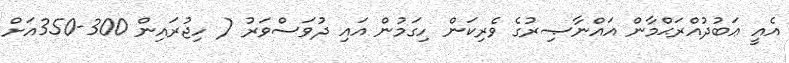
އެއީ ޢަބުދުއްރަޙްމާން އައްނާޞިރުގެ ވެރިކަން ހިގަމުން އައި ދުވަސްވަރު ( ހިޖުރައިން 300-350އަށް